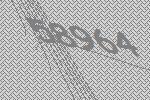
58964